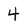
Character: 4